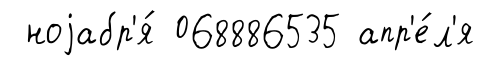
ноjабр'я́ 068886535 апр'е́л'я